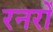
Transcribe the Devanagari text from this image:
रनरों